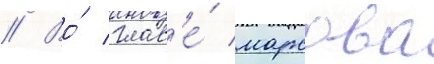
// Во́ глав'е́ марсова